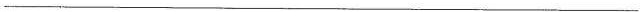
___